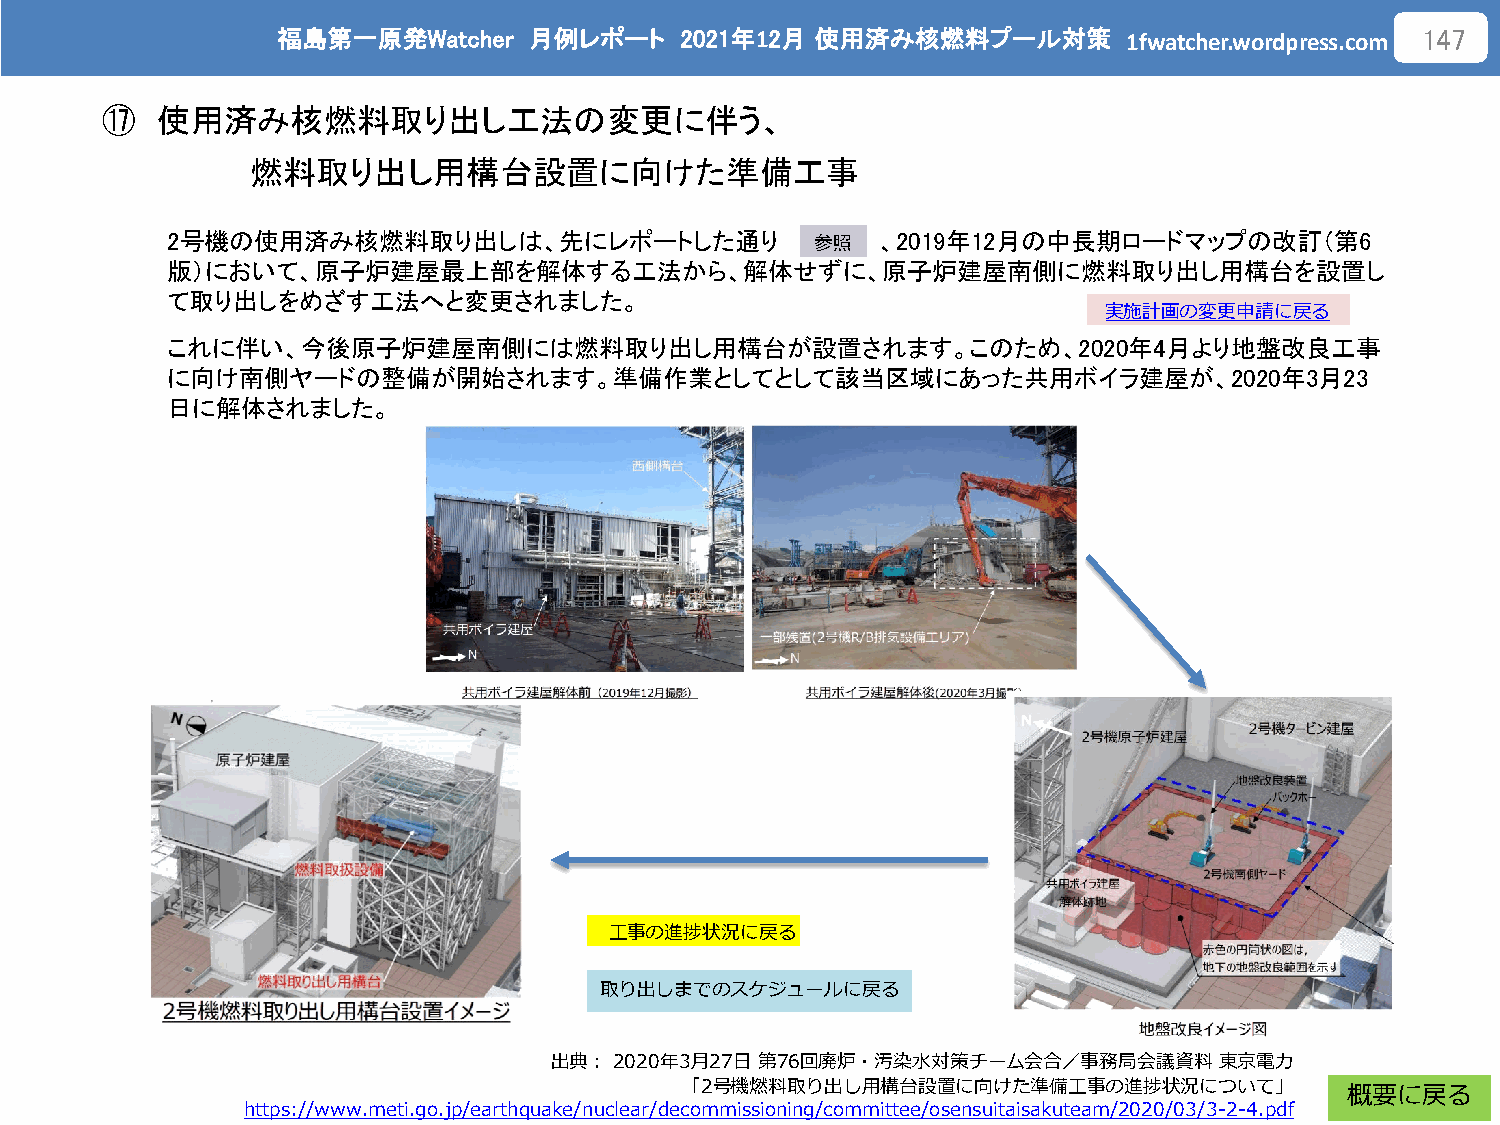
福島第一原発Watcher    月例レポート    2021年12月 使用済み核燃料プール対策
 1fwatcher.wordpress.com
 147
 ⑰  使用済み核燃料取り出し工法の変更に伴う、
 燃料取り出し用構台設置に向けた準備工事
 2号機の使用済み核燃料取り出しは、先にレポートした通り                    、2019年12月の中長期ロードマップの改訂（第6
 参照
 版）において、原子炉建屋最上部を解体する工法から、解体せずに、原子炉建屋南側に燃料取り出し用構台を設置し
 て取り出しをめざす工法へと変更されました。
 実施計画の変更申請に戻る
 これに伴い、今後原子炉建屋南側には燃料取り出し用構台が設置されます。このため、2020年4月より地盤改良工事
 に向け南側ヤードの整備が開始されます。準備作業としてとして該当区域にあった共用ボイラ建屋が、2020年3月23
 日に解体されました。
 工事の進捗状況に戻る
 取り出しまでのスケジュールに戻る
 出典：2020年3月27日 第76回廃炉・汚染水対策チーム会合／事務局会議資料      東京電力
 「2号機燃料取り出し用構台設置に向けた準備工事の進捗状況について」
 概要に戻る
 https://www.meti.go.jp/earthquake/nuclear/decommissioning/committee/osensuitaisakuteam/2020/03/3-2-4.pdf